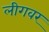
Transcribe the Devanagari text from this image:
लीगवर